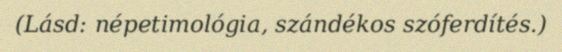
(Lásd: népetimológia, szándékos szóferdítés.)